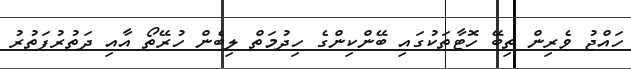
ހައްޖު ވެރިން ތިބޭ ހޮޓާތަކުގައި ބޭންކިންގެ ހިދުމަތް ލިބެން ހުރޭތޯ އާއި ދަތުރުފަތުރު